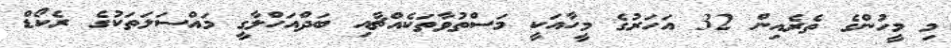
މި މީހުންގެ ތެރެއިން 32 އަހަރުގެ މީހާއަކީ މަސްތުވާތަކެއްޗާއި ބަދްއަހްލާގީ މައްސަލަތަކުގެ ރެކޯޑް